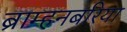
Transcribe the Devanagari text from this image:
ब्राम्हनबरिया